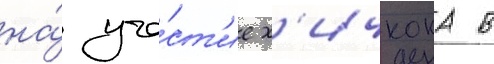
на́ уча́ст'ие х'ичкока в